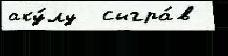
аку́лу  сыгра́в